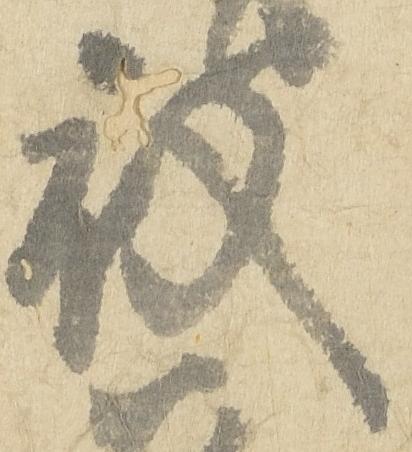
被